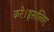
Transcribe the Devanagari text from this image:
करे।इसलिए